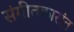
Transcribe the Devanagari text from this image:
संगीतकारांत